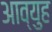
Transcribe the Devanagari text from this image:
आव्युह